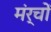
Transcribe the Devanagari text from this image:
मंर्चों